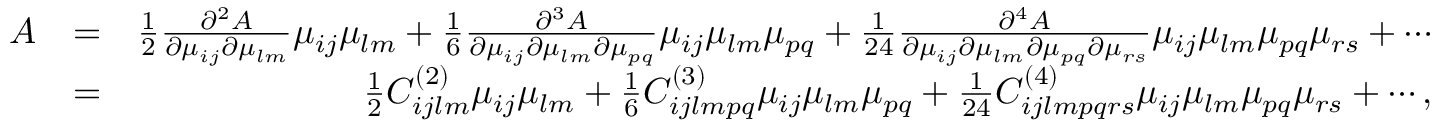
\begin{array} { r l r } { A } & { = } & { \frac { 1 } { 2 } \frac { \partial ^ { 2 } A } { \partial \mu _ { i j } \partial \mu _ { l m } } \mu _ { i j } \mu _ { l m } + \frac { 1 } { 6 } \frac { \partial ^ { 3 } A } { \partial \mu _ { i j } \partial \mu _ { l m } \partial \mu _ { p q } } \mu _ { i j } \mu _ { l m } \mu _ { p q } + \frac { 1 } { 2 4 } \frac { \partial ^ { 4 } A } { \partial \mu _ { i j } \partial \mu _ { l m } \partial \mu _ { p q } \partial \mu _ { r s } } \mu _ { i j } \mu _ { l m } \mu _ { p q } \mu _ { r s } + \cdots } \\ & { = } & { \frac { 1 } { 2 } C _ { i j l m } ^ { ( 2 ) } \mu _ { i j } \mu _ { l m } + \frac { 1 } { 6 } C _ { i j l m p q } ^ { ( 3 ) } \mu _ { i j } \mu _ { l m } \mu _ { p q } + \frac { 1 } { 2 4 } C _ { i j l m p q r s } ^ { ( 4 ) } \mu _ { i j } \mu _ { l m } \mu _ { p q } \mu _ { r s } + \cdots , } \end{array}